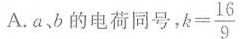
A.ab的电荷同号， $$k= \frac{16}{9}$$